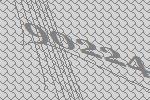
90224